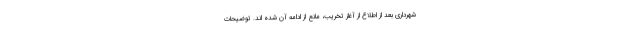
شهرداری بعد از اطلاع از آغاز تخریب، مانع از ادامه آن شده اند. توضیحات